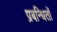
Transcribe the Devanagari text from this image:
प्रबन्धितों